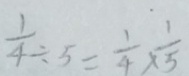
\frac { 1 } { 4 } \div 5 = \frac { 1 } { 4 } \times \frac { 1 } { 5 }